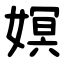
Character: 嫇